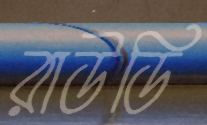
রাউডি